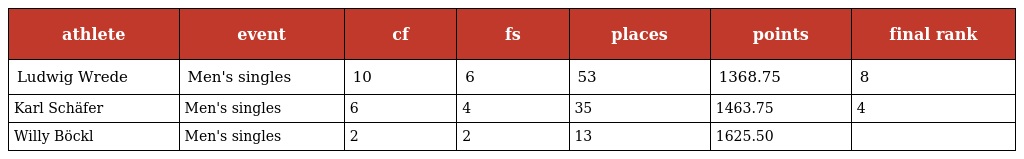
| athlete | event | cf | fs | places | points | final rank |
 | --- | --- | --- | --- | --- | --- | --- |
 | Ludwig Wrede | Men's singles | 10 | 6 | 53 | 1368.75 | 8 |
 | Karl Schäfer | Men's singles | 6 | 4 | 35 | 1463.75 | 4 |
 | Willy Böckl | Men's singles | 2 | 2 | 13 | 1625.50 |  |